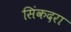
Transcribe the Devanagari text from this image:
सिंकदरा